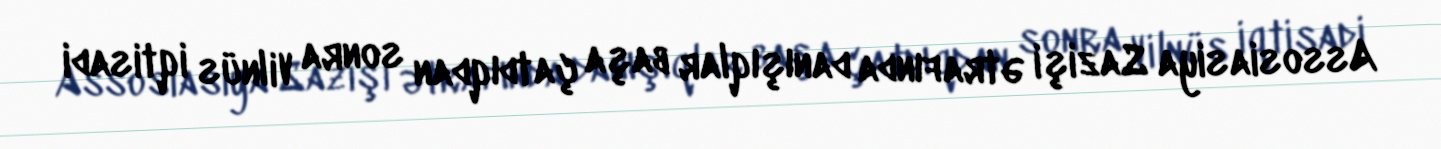
Assosiasiya Sazişi ətrafında danışıqlar başa çatdıqdan sonra Vilnüs iqtisadi